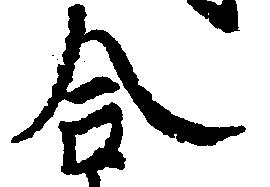
合